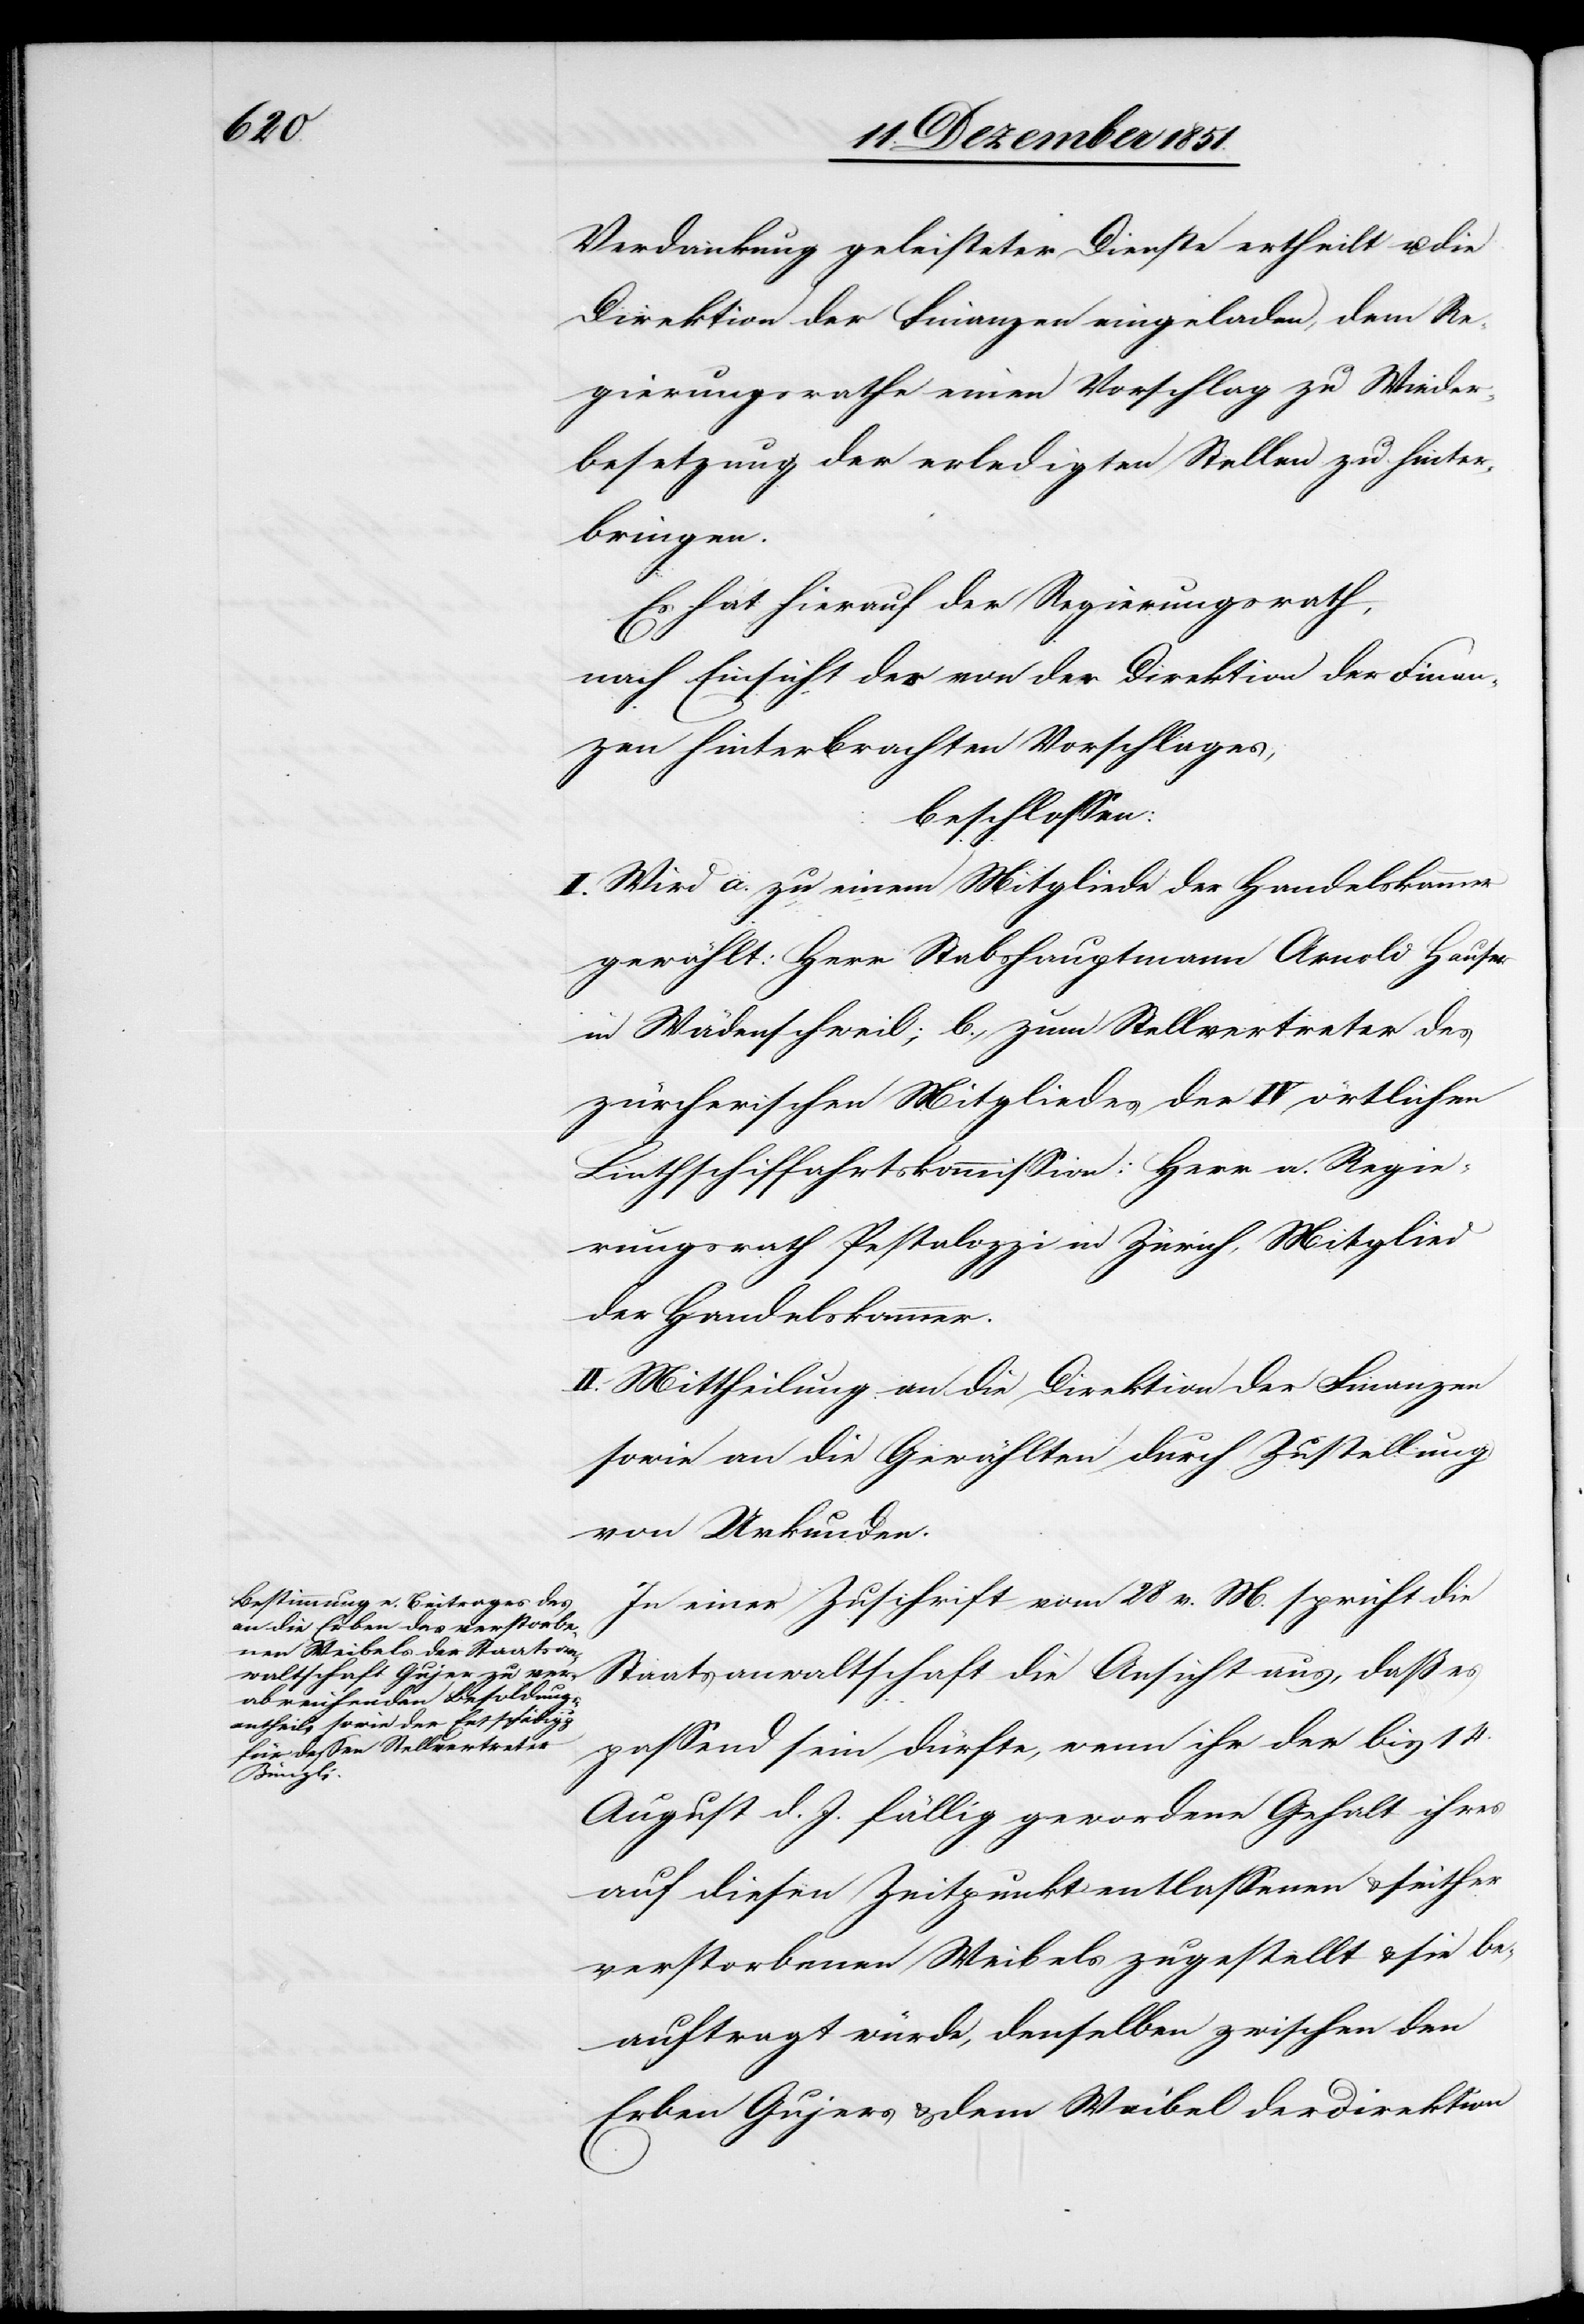
Verdankung geleisteter Dienste ertheilt u. die
Direktion der Finanzen eingeladen, dem Re¬
gierungsrathe einen Vorschlag zu Wieder¬
besetzung der erledigten Stellen zu hinter¬
bringen.
Es hat hierauf der Regierungsrath,
nach Einsicht des von der Direktion der Finan¬
zen hinterbrachten Vorschlages,
beschlossen:
I. Wird a. zu einem Mitgliede der Handelskammer
gewählt: Herr Stabshauptmann Arnold Hauser
in Wädenschweil; b., zum Stellvertreter des
zürcherischen Mitgliedes der IV örtlichen
Linthschiffahrtskommission: Herr a. Regie¬
rungsrath Pestalozzi in Zürich, Mitglied
der Handelskammer.
II. Mittheilung an die Direktion der Finanzen
sowie an die Gewählten durch Zustellung
von Urkunden.
In einer Zuschrift vom 28 v. M. spricht die
Staatsanwaltschaft die Ansicht aus, daß es
passend sein dürfte, wenn ihr der bis 14.
August d. J. fällig gewordene Gehalt ihres
auf diesen Zeitpunkt entlassenen & seither
verstorbenen Weibels zugestellt & sie be¬
auftragt würde, denselben zwischen den
Erben Gujers & dem Weibel der Direktion